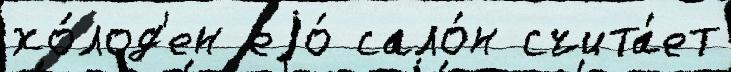
хо́лод'ен еjо́ сало́н счита́ет